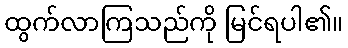
ထွက်လာကြသည်ကို မြင်ရပါ၏။